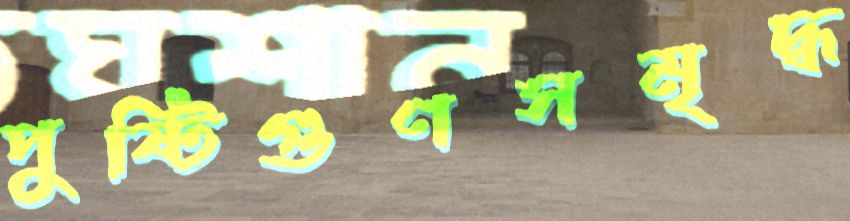
পুষ্টিগুণসমৃদ্ধ